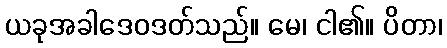
ယခုအခါဒေဝဒတ်သည်။ မေ၊ ငါ၏။ ပိတာ၊